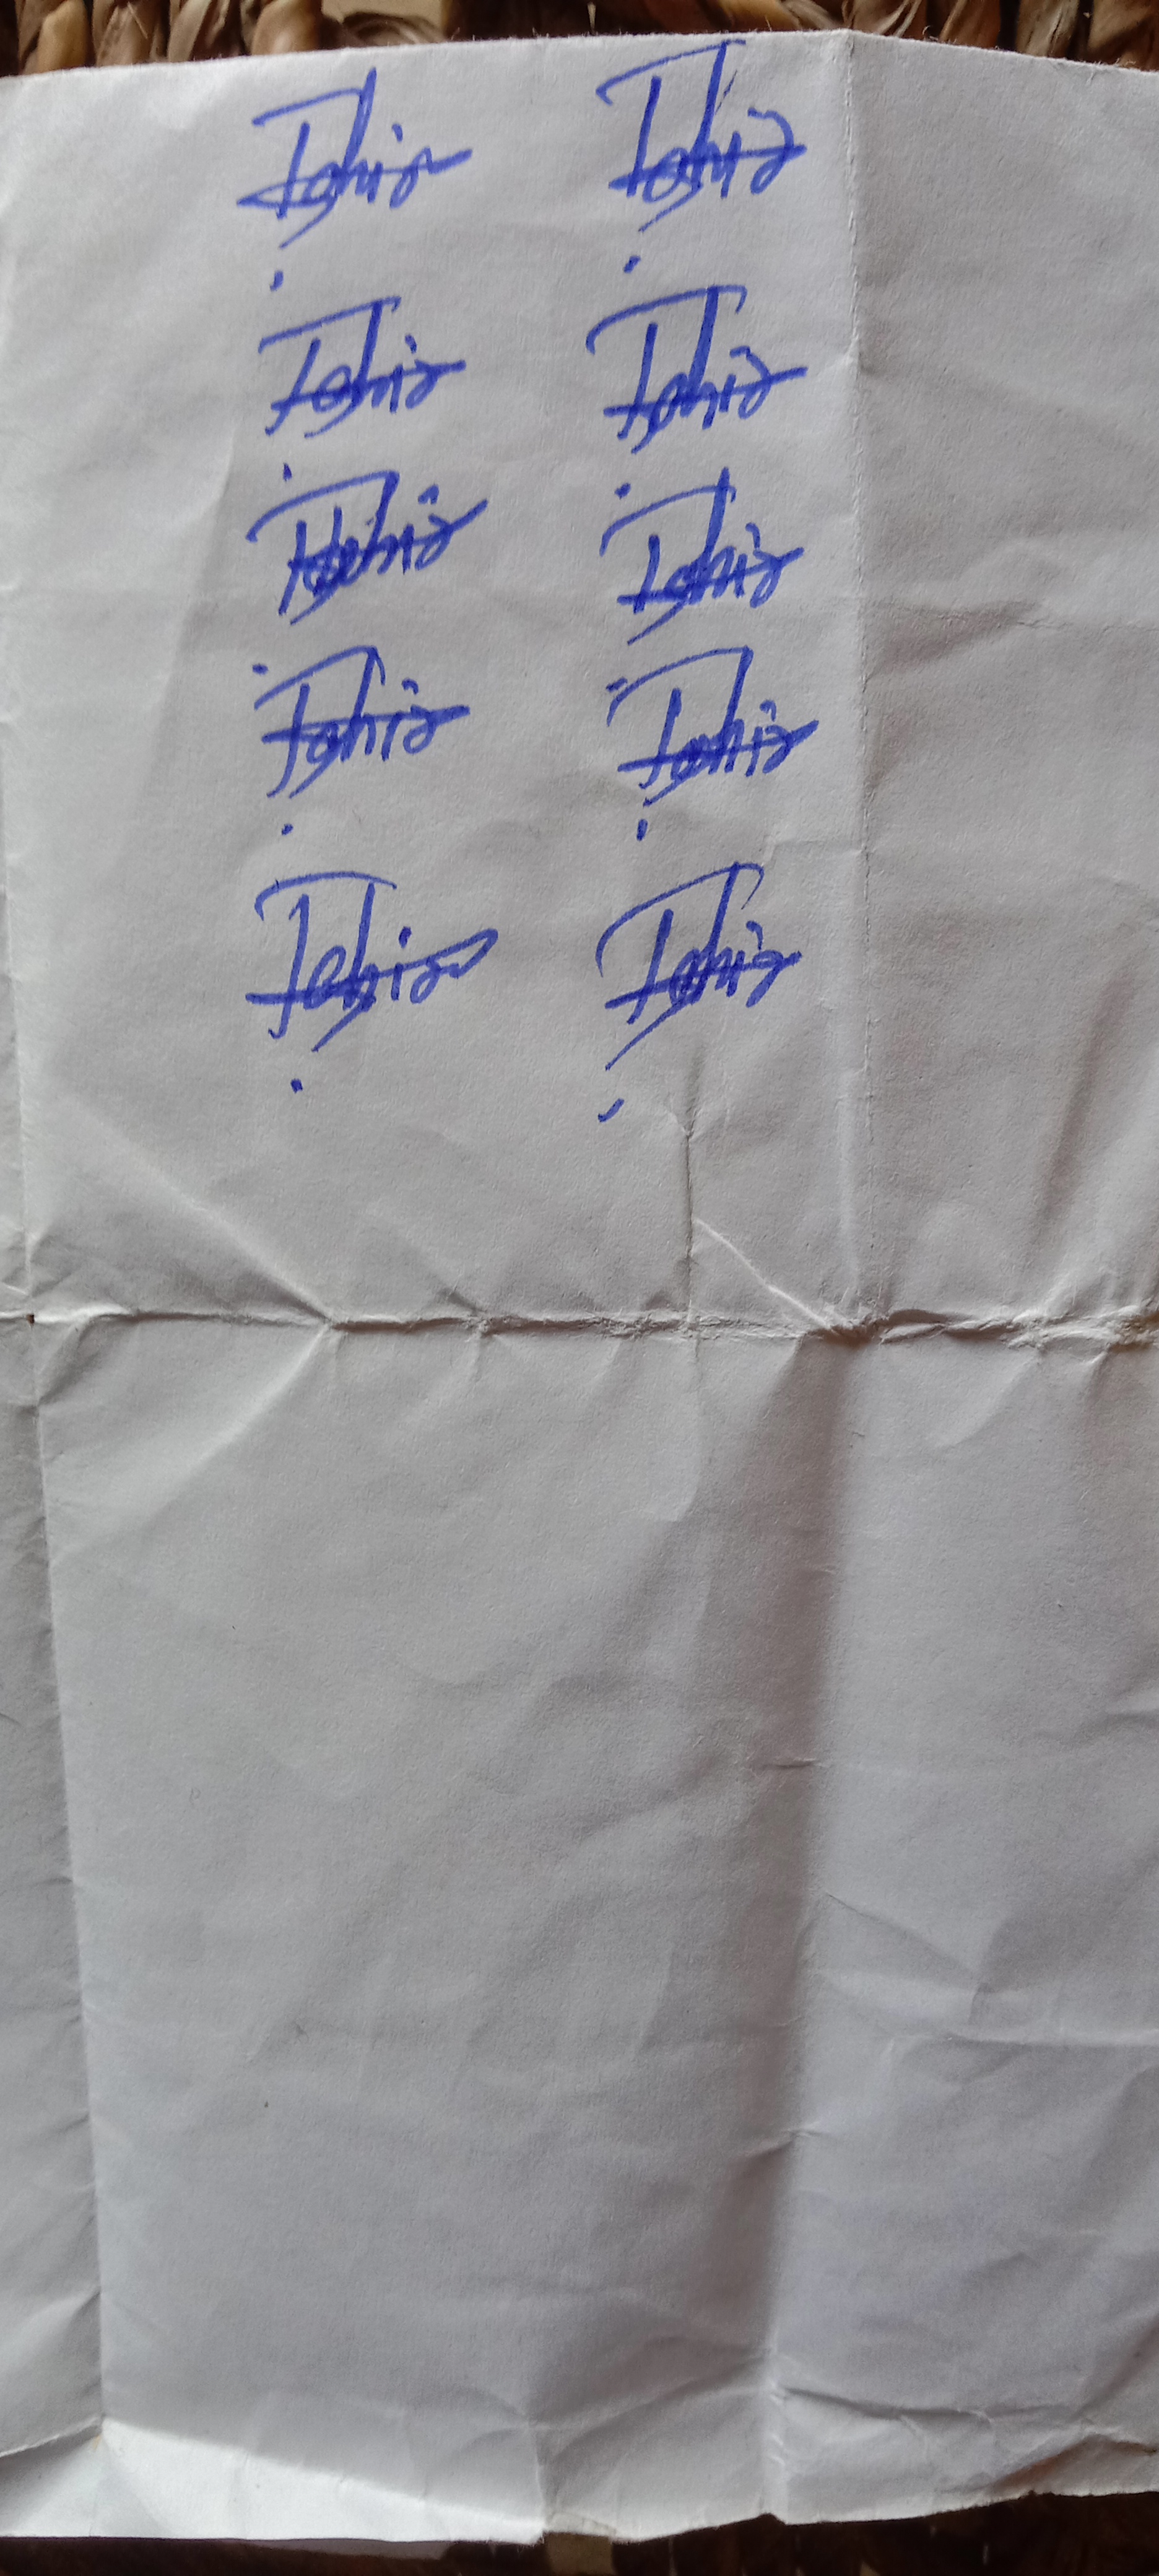
Signature authenticity: forged